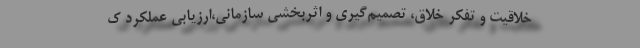
خلاقيت و تفكر خلاق، تصمیم‌گيري و اثربخشي سازماني،ارزیابی عملکرد ک